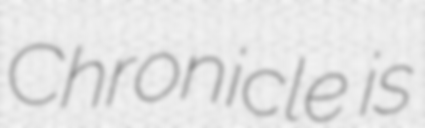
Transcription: Chronicle is